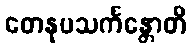
တေနုပသင်္ကန္တောတိ